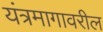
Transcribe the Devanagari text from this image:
यंत्रमागावरील